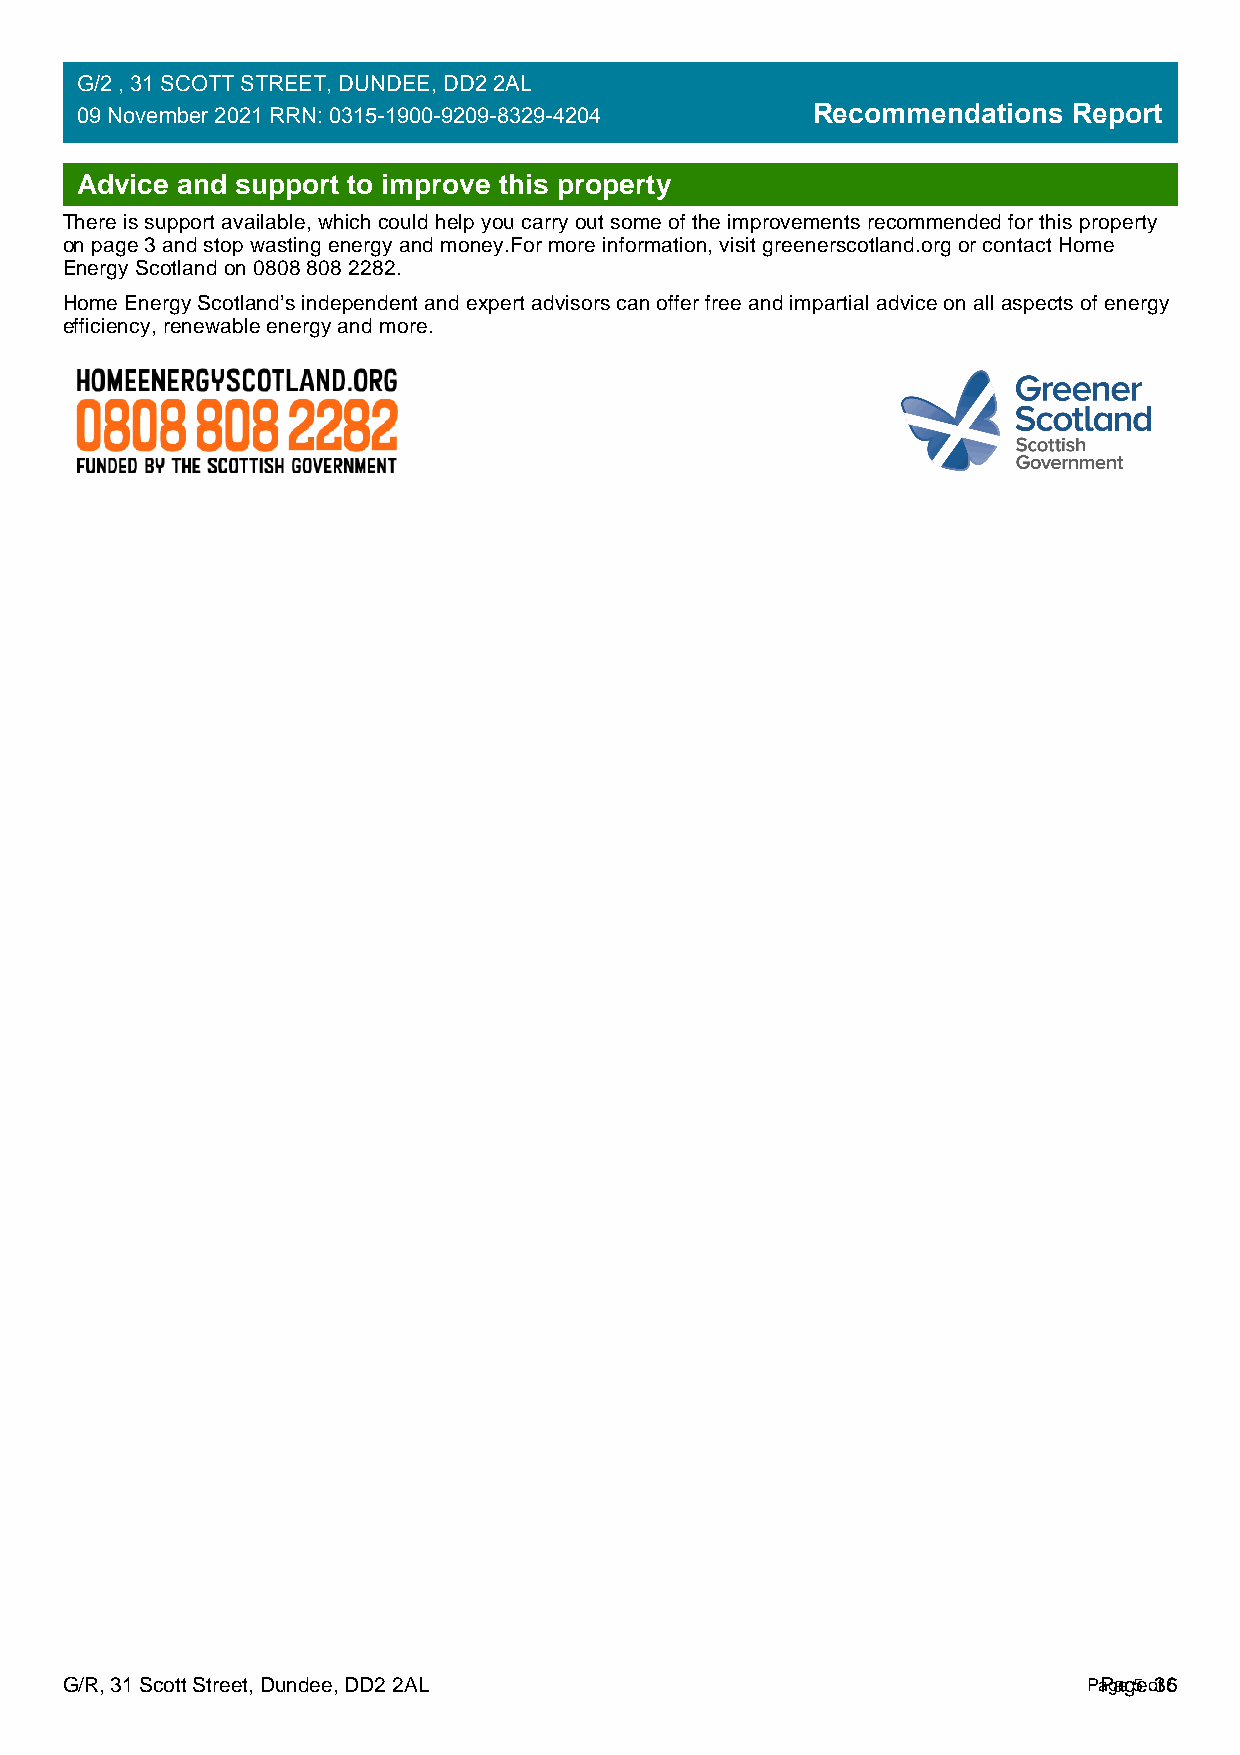
G/2 , 31 SCOTT STREET, DUNDEE, DD2 2AL
 09 November 2021 RRN: 0315-1900-9209-8329-4204   Recommendations  Report
 Advice and support to improve this property
 There is support available, which could help you carry out some of the improvements recommended for this property
 on page 3 and stop wasting energy and money.For more information, visit greenerscotland.org or contact Home
 Energy Scotland on 0808 808 2282.
 Home Energy Scotland’s independent and expert advisors can offer free and impartial advice on all aspects of energy
 efficiency, renewable energy and more.
 G/R, 31 Scott Street, Dundee, DD2 2AL                               PaPgaeg 5e o 3f 65